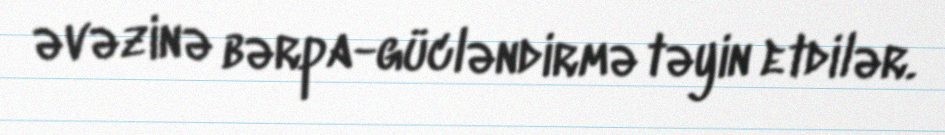
əvəzinə bərpa-gücləndirmə təyin etdilər.